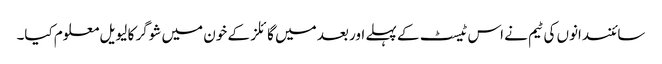
سائنسدانوں کی ٹیم نے اس ٹیسٹ کے پہلے اور بعد میں گائلز کے خون میں شوگر کا لیویل معلوم کیا۔